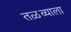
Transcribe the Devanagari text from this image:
तळव्याला